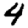
Digit: 4